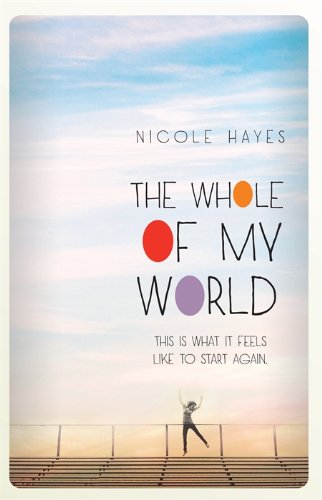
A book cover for The Whole of My World; Nicole Hayes; Teen & Young Adult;